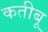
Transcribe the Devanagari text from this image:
कतीबू